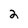
Character: 2